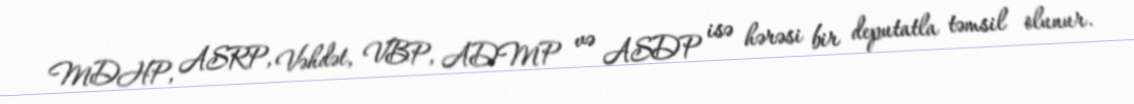
MDHP, ASRP, Vəhdət, VBP, ADMP və ASDP isə hərəsi bir deputatla təmsil olunur.